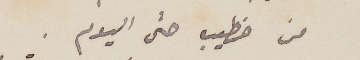
من خطيب حتى اليوم .